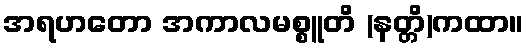
အရဟတော အကာလမစ္စူတိ (နတ္တိ)ကထာ။